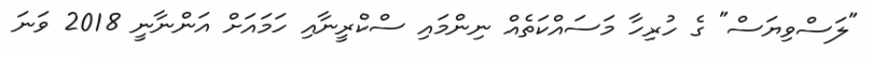
"ލަސްވިޔަސް" ގެ ހުރިހާ މަސައްކަތެއް ނިންމައި ސްކްރީނާއި ހަމައަށް އަންނާނީ 2018 ވަނަ